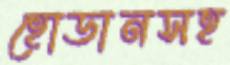
হোডানসহ